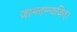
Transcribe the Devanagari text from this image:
जामदग्न्यजित्‌।